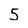
Character: 5